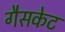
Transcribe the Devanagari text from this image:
गैसकेट